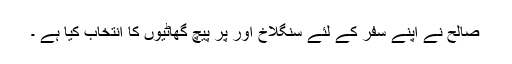
صالح نے اپنے سفر کے لئے سنگلاخ اور پر پیچ گھاٹیوں کا انتخاب کیا ہے ۔